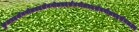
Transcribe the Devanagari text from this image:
कुलप्रदर्शनगोलप्रदर्शनगोलप्रदर्शनगोलप्रदर्शनगोलप्रदर्शनलक्ष्य